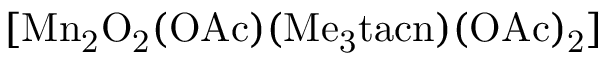
\mathrm { \small { [ M n _ { 2 } O _ { 2 } ( O A c ) ( M e _ { 3 } t a c n ) ( O A c ) _ { 2 } ] } }